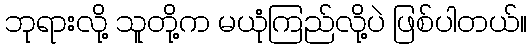
ဘုရားလို့ သူတို့က မယုံကြည်လို့ပဲ ဖြစ်ပါတယ်။